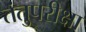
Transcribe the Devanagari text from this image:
तंतुपरीक्षा